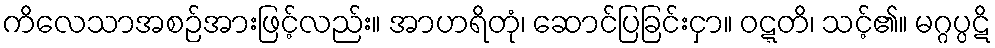
ကိလေသာအစဉ်အားဖြင့်လည်း။ အာဟရိတုံ၊ ဆောင်ပြခြင်းငှာ။ ဝဋ္ဋတိ၊ သင့်၏။ မဂ္ဂပ္ပဋိ